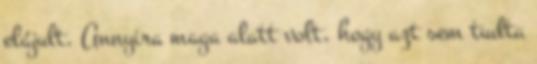
elájult. Annyira maga alatt volt, hogy azt sem tudta